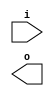
module obuf (input i, (* iopad_external_pin *) output o); endmodule
module obuft (input i, input oe, (* iopad_external_pin *) output o); endmodule
module iobuf (input i, input oe, output o, (* iopad_external_pin *) inout io); endmodule
module sub(input i, output o); endmodule

module a(input i, (* init=1'b1 *) output o);
sub s(.i(i), .o(o));
endmodule

module b(input [1:0] i, oe, (* init=2'b1x *) output [1:0] o);
wire [1:0] w;
sub s1(.i(i[0]), .o(w[0]));
sub s2(.i(i[1]), .o(w[1]));
assign o = oe ? w : 2'bz;
endmodule

module c(input i, oe, (* init=1'b0 *) inout io, output o1, o2);
assign io = oe ? i : 1'bz;
assign {o1,o2} = {io,io};
endmodule